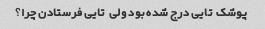
پوشک  تایی درج شده بود ولی  تایی فرستادن چرا؟